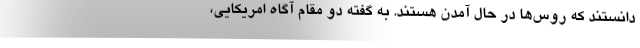
دانستند که روس‌ها در حال آمدن هستند. به گفته دو مقام آگاه امریکایی،